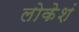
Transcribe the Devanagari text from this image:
लोकेशं